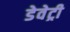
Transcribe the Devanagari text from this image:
डेवेट्री